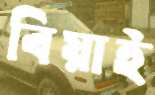
বিয়াই